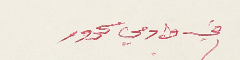
في وادي سحرور